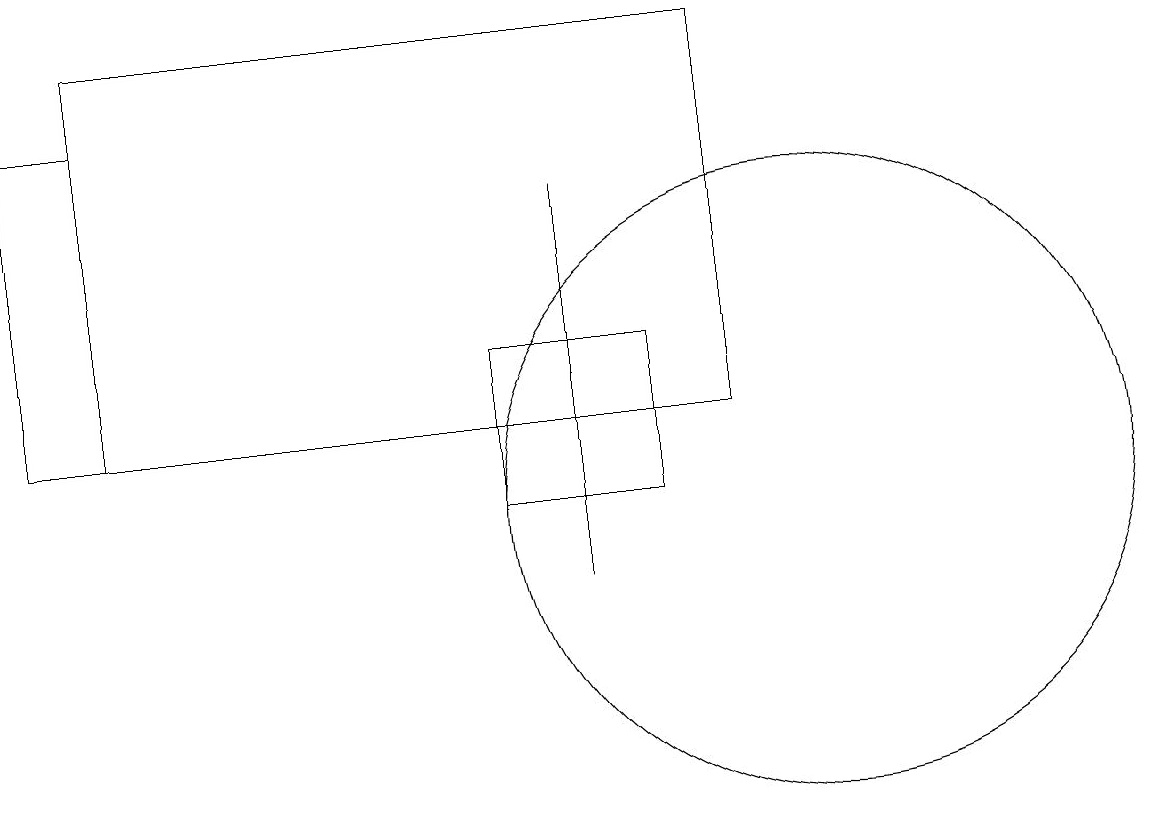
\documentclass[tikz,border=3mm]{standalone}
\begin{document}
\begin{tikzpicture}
\draw (7,16) rectangle (7,11);
\draw (1,17) rectangle (0,13);
\draw (8,14) rectangle (6,12);
\draw (10,12) circle (4);
\draw (9,13) rectangle (1,18);
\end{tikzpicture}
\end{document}